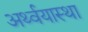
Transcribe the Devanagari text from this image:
अर्थ्वयास्था